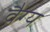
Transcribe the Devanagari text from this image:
वैग्य